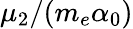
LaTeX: \mu_{2}/(m_{e}\alpha_{0})